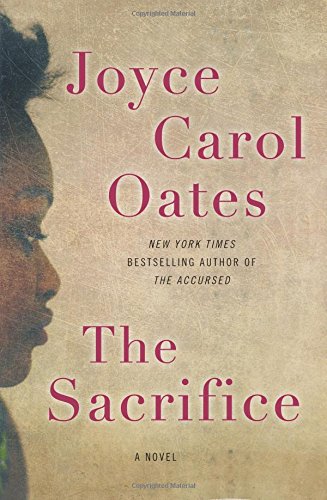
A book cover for The Sacrifice: A Novel; Joyce Carol Oates; Literature & Fiction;